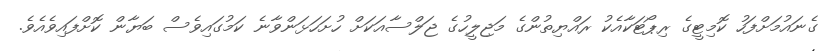
ގެނައުމަށްފަހު ކޮމިޓީގެ ރިޕޯޓަކާއެކު ރައްޔިތުންގެ މަޖިލީހުގެ ޖަލްސާއަކަށް ހުށަހަޅަންވާނެ ކަމުގައިވެސް ބަޔާން ކޮށްފައިވެއެވެ.